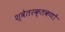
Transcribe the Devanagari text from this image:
श्वेतरक्तकणों